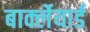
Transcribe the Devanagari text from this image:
बार्क्लेयार्ड